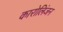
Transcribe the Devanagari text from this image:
कारोलिंजन